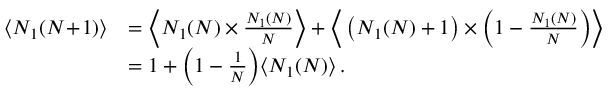
\begin{array} { r l } { \big \langle N _ { 1 } ( N \! + \! 1 ) \big \rangle } & { = \Big \langle N _ { 1 } ( N ) \times \frac { N _ { 1 } ( N ) } { N } \Big \rangle + \Big \langle \left( N _ { 1 } ( N ) + 1 \right) \times \Big ( 1 - \frac { N _ { 1 } ( N ) } { N } \Big ) \Big \rangle } \\ & { = 1 + \Big ( 1 - \frac { 1 } { N } \Big ) \big \langle N _ { 1 } ( N ) \big \rangle \, . } \end{array}